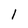
Character: 1